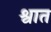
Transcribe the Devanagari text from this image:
श्वात